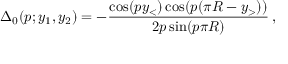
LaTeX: \Delta _ { 0 } ( p ; y _ { 1 } , y _ { 2 } ) = - \frac { \cos ( p y _ { < } ) \cos ( p ( \pi R - y _ { > } ) ) } { 2 p \sin ( p \pi R ) } \, ,